Annual returns of the Patna Lunatic Asylum at Bankipore in Bihar and Orissa - 1912-1924
Year: 1912
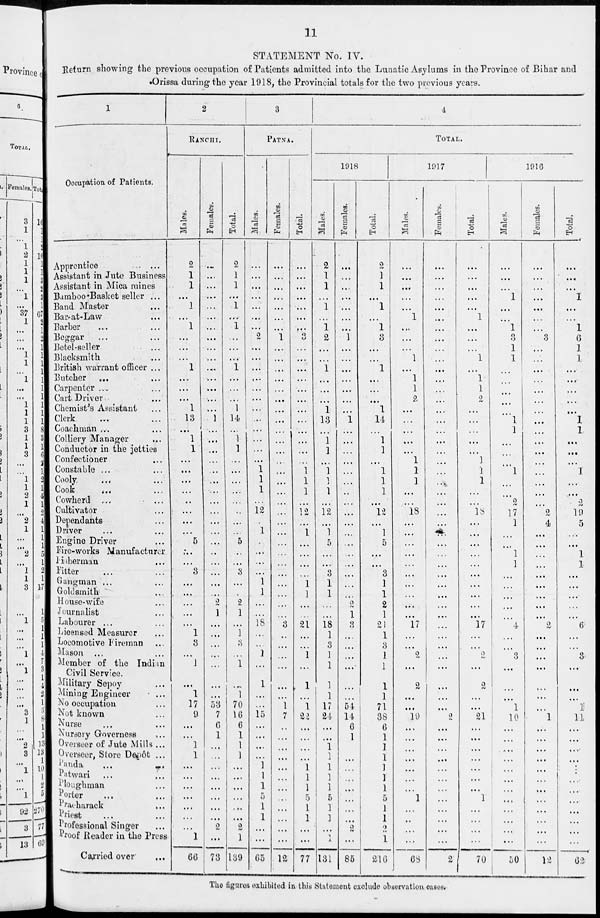
11
STATEMENT No. IV.
Return showing the previous occupation of Patients admitted into the Lunatic Asylums in the Province of Bihar and
Orissa during the year 1918, the Provincial totals for the two previous years.
1
Occupation of Patients.
Apprentice ...
Assistant in Jute Business
Assistant in Mica mines
Bamboo-Basket seller ...
Band Master ...
Bar-at-Law ...
Barber ... ...
Beggar ... ...
Betel-seller ...
Blacksmith ...
British warrant officer ...
Butcher ... ...
Carpenter ... ...
Cart Driver ...
Chemist's Assistant ...
Clerk ... ...
Coachman ... ...
Colliery Manager ...
Conductor in the jetties
Confectioner ...
Constable ... ...
Cooly ... ...
Cook
... ...
Cowherd ... ...
Cultivator ...
Dependants ...
Driver ... ...
Engine Driver ...
Fire-works Manufacturer
Fisherman ...
Fitter ... ...
Gangman ... ...
Goldsmith ...
House-wife ...
Journalist ...
Labourer ... ...
Licensed Measurer ...
Locomotive Fireman ...
Mason ... ...
Member of the Indian
Civil Service.
Military Sepoy ...
Mining Engineer ...
No occupation ...
Not known ...
Nurse ... ...
Nursery Governess ...
Overseer of Jute Mills ...
Overseer, Store Depôt ...
Panda ... ...
Patwari ... ...
Ploughman ...
Porter ... ...
Pracharack ...
Priest ... ...
Professional Singer ...
Proof Reader in the Press
Carried over ...
2
RANCHI.
Males.
2
1
1
...
1
...
1
...
...
...
1
...
...
...
1
13
...
1
1
...
...
...
...
...
...
...
...
5
...
...
3
...
...
...
...
...
1
3
...
1
...
1
17
9
...
...
1
1
...
...
...
...
...
...
...
1
66
Females.
...
...
...
...
...
...
...
...
...
...
...
...
...
...
...
1
...
...
...
...
...
...
...
...
...
...
...
...
...
...
...
...
...
2
1
...
...
...
...
...
...
...
53
7
6
1
...
...
...
...
...
...
...
...
2
...
73
Total.
2
1
1
...
1
...
1
...
...
...
1
...
...
...
1
14
...
1
1
...
...
...
...
...
...
...
...
5
...
...
3
...
...
2
1
...
1
3
...
1
...
1
70
16
6
1
1
1
...
...
...
...
...
...
2
1
139
3
PATNA.
Males.
...
...
...
...
...
...
...
2
...
...
...
...
...
...
...
...
...
...
...
...
1
1
1
...
12
...
1
...
...
...
...
1
1
...
...
18
...
...
1
...
1
...
...
15
...
...
...
...
1
1
1
5
1
1
...
...
65
Females.
...
...
...
...
...
...
...
1
...
...
...
...
...
...
...
...
...
...
...
...
...
...
...
...
...
...
...
...
...
...
...
...
...
...
...
3
...
...
...
...
...
...
1
7
...
...
...
...
...
...
...
...
...
...
...
...
12
Total.
...
...
...
...
...
...
...
3
...
...
...
...
...
...
...
...
...
...
...
...
1
1
1
...
12
...
1
...
...
...
...
1
1
...
...
21
...
...
1
...
1
...
1
22
...
...
...
...
1
1
1
5
1
1
...
...
77
4
TOTAL.
1918
Males.
2
1
1
...
1
...
1
2
...
...
1
...
...
...
1
13
...
1
1
...
1
1
1
...
12
...
1
5
...
...
3
1
1
...
...
18
1
3
1
1
1
1
17
24
...
...
1
1
1
1
1
5
1
1
...
1
131
Females.
...
...
...
...
...
...
...
1
...
...
...
...
...
...
...
1
...
...
...
...
...
...
...
...
...
...
...
...
...
...
...
...
...
2
1
3
...
...
...
...
...
...
54
14
6
1
...
...
...
...
...
...
...
...
2
...
85
Total.
2
1
1
...
1
...
1
3
...
...
1
...
...
...
1
14
...
1
1
...
1
1
1
...
12
...
1
5
...
...
3
1
1
2
1
21
1
3
1
1
1
1
71
38
6
1
1
1
1
1
1
5
1
1
2
1
216
1917
Males.
...
...
...
...
...
1
...
...
...
1
...
1
1
2
...
...
...
...
...
1
1
1
...
...
18
...
...
...
...
...
...
...
...
...
...
17
...
...
2
...
2
...
...
19
...
...
...
...
...
...
...
1
...
...
...
...
68
Females.
...
...
...
...
...
...
...
...
...
...
...
...
...
...
...
...
...
...
...
...
...
...
...
...
...
...
...
...
...
...
...
...
...
...
...
...
...
...
...
...
...
...
...
2
...
...
...
...
...
...
...
...
...
...
...
...
2
Total.
...
...
...
...
...
1
...
...
...
1
...
1
1
2
...
...
...
...
...
1
1
1
...
...
18
...
...
...
...
...
...
...
...
...
...
17
...
...
2
...
2
...
...
21
...
...
...
...
...
...
...
1
...
...
...
...
70
1916
Males.
...
...
...
1
...
...
1
3
1
1
...
...
...
...
...
1
1
...
...
....
1
...
...
2
17
1
...
...
1
1
...
...
...
...
...
4
...
...
3
...
...
...
1
10
...
...
...
...
...
...
...
...
...
...
...
...
50
Females.
...
...
...
...
...
...
...
3
...
...
...
...
...
...
...
...
...
...
...
...
...
...
...
...
2
4
...
...
...
...
...
...
...
...
...
2
...
...
...
...
...
...
...
1
...
...
...
...
...
...
...
...
...
...
...
...
12
Total.
...
...
...
1
...
...
1
6
1
1
...
...
...
...
...
1
1
...
...
...
1
...
...
2
19
5
...
...
1
1
...
...
...
...
...
6
...
...
3
...
...
...
1
11
...
...
...
...
...
...
...
...
...
...
...
...
62
The figures exhibited in this Statement exclude observation cases.